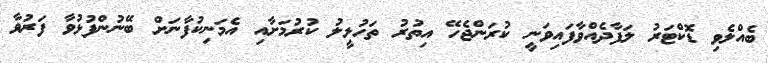
ބެއްލެވި ޑޮކްޓަރު ލަފާދެއްވާފައިވަނީ ކުރަންޖެހޭ އިތުރު ތަހުލީލު ކުރުމަށާއި އެމަނިކުފާނަށް ބޭނުންފުޅުވާ ފަރުވާ